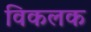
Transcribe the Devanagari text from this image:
विकलक